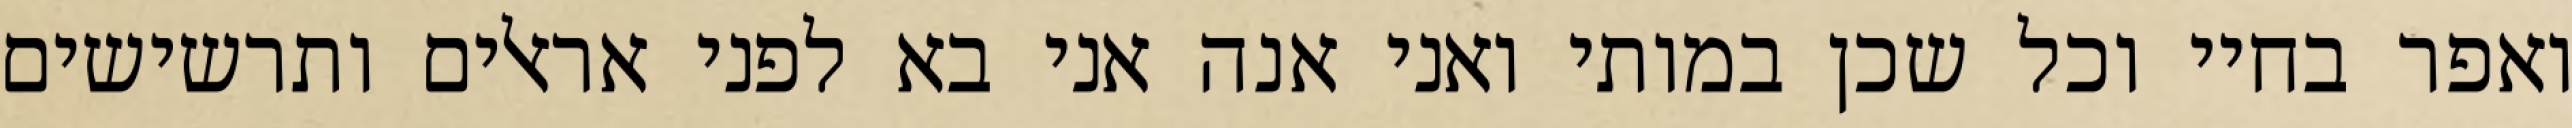
ואפר בחיי וכל שכן במותי ואני אנה אני בא לפני אראלים ותרשישים